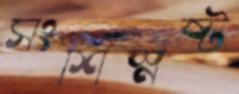
সংশিস্নষ্ট